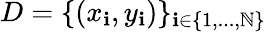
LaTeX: D=\{ (x_{\mathbf{i}},y_{\mathbf{i}})\} _{\mathbf{i}\in\{ 1,...,\mathbb{N}\} }